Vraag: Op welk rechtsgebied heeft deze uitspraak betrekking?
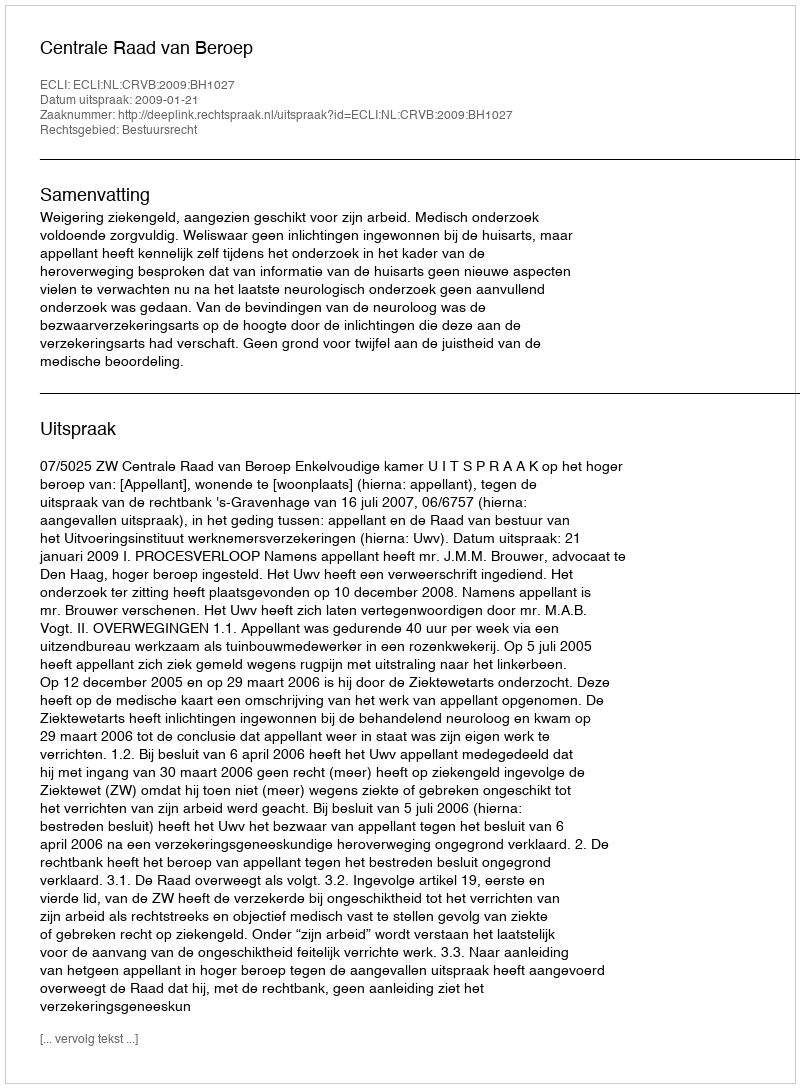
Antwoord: Bestuursrecht